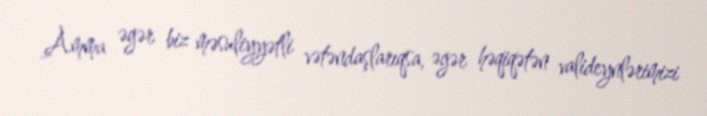
Amma əgər biz məsuliyyətli vətəndaşlarıqsa, əgər həqiqətən valideynlərimizi